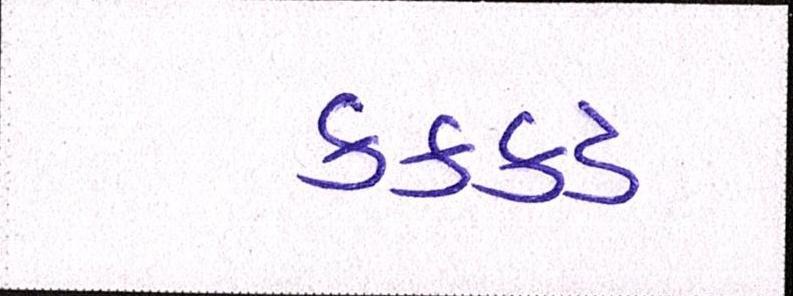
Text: કક્કડ